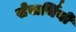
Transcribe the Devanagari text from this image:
सेवार्थियों